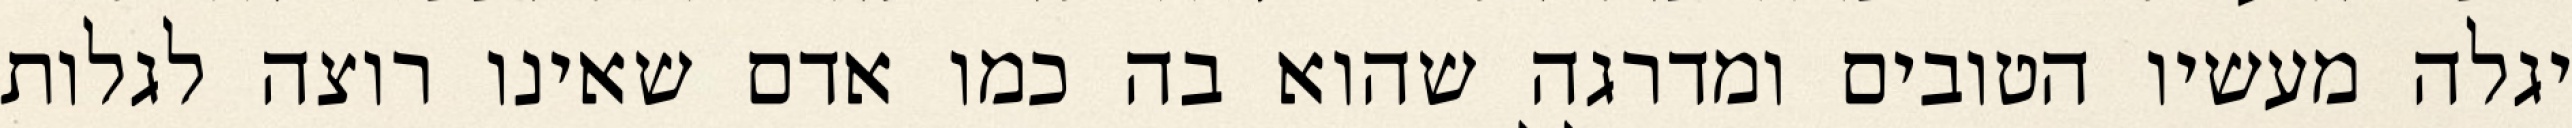
יגלה מעשיו הטובים ומדרגה שהוא בה כמו אדם שאינו רוצה לגלות